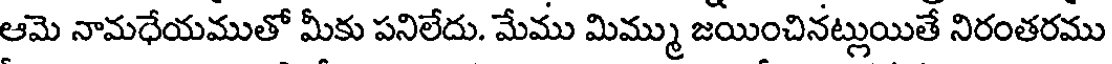
ఆమె నామధేయముతో మీకు పనిలేదు. మేము మిమ్ము జయించినట్లుయితే నిరంతరము